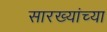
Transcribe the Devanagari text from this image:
सारख्यांच्या